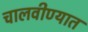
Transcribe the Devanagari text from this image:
चालवीण्यात